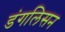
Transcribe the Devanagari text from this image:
डंगलिसन